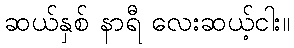
ဆယ်နှစ် နာရီ လေးဆယ့်ငါး။